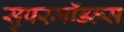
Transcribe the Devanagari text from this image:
सुपरमॉडल्स